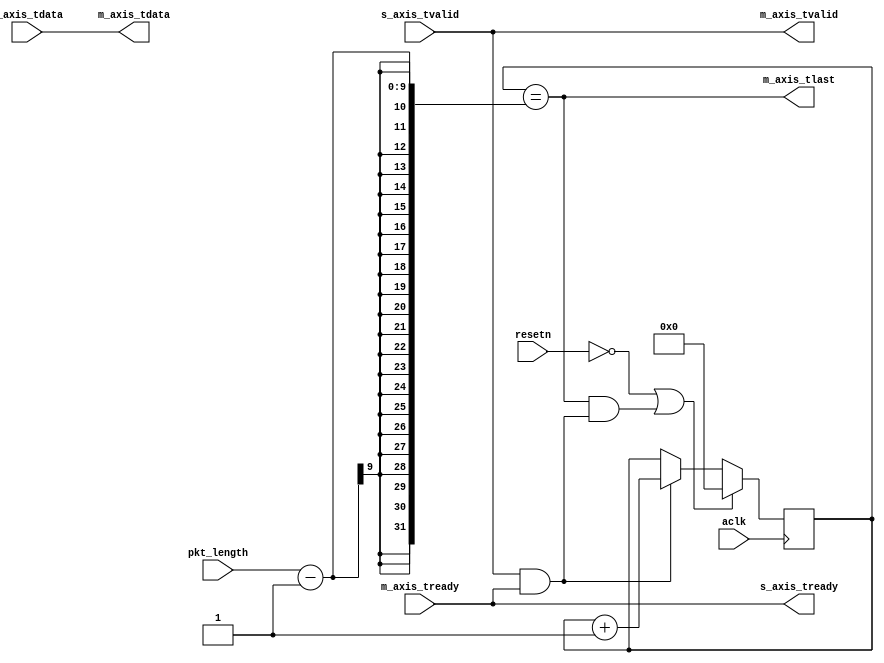
module tlast_gen
#(
    parameter TDATA_WIDTH    = 8,
    parameter MAX_PKT_LENGTH = 256
)
(
    // Clocks and resets
    input                            aclk,
    input                            resetn,
    
    // Control signals
    input [$clog2(MAX_PKT_LENGTH):0] pkt_length,
    
    // Slave interface
    input                            s_axis_tvalid,
    output                           s_axis_tready,
    input  [TDATA_WIDTH-1:0]         s_axis_tdata,
    
    // Master interface
    output                           m_axis_tvalid,
    input                            m_axis_tready,
    output                           m_axis_tlast,
    output [TDATA_WIDTH-1:0]         m_axis_tdata
);

    // Internal signals
    wire                           new_sample;
    reg [$clog2(MAX_PKT_LENGTH):0] cnt = 0;

    // Pass through control signals
    assign s_axis_tready = m_axis_tready;
    assign m_axis_tvalid = s_axis_tvalid;
    assign m_axis_tdata  = s_axis_tdata;

    // Count samples
    assign new_sample = s_axis_tvalid & s_axis_tready;
    always @ (posedge aclk) begin
        if (~resetn | (m_axis_tlast & new_sample))
            cnt <= 0;
        else
            if (new_sample)
                cnt <= cnt + 1'b1;
    end
    
    // Generate tlast
    assign m_axis_tlast = (cnt == pkt_length-1);

endmodule